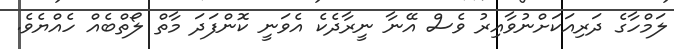
ލަމްހާގެ ދަރިއަކަށްނުވާއިރު ވެސް އޭނާ ނީރާދެކެ އެވަނީ ކޮންފަދަ މާތް ލޯތްބެއް ހެއްޔެވެ.